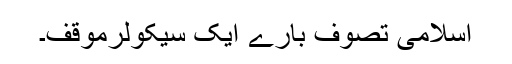
اسلامی تصوف بارے ایک سیکولرموقف۔